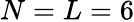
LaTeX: N=L=6